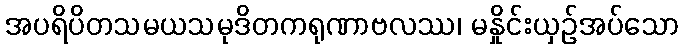
အပရိပိတသမယသမုဒိတကရုဏာဗလဿ၊ မနှိုင်းယှဉ်အပ်သော